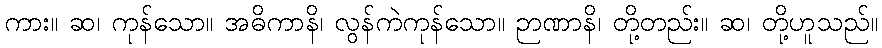
ကား။ ဆ၊ ကုန်သော။ အဓိကာနိ၊ လွန်ကဲကုန်သော။ ဉာဏာနိ၊ တို့တည်း။ ဆ၊ တို့ဟူသည်။